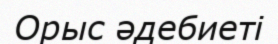
Орыс әдебиеті